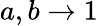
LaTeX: a,b\rightarrow 1